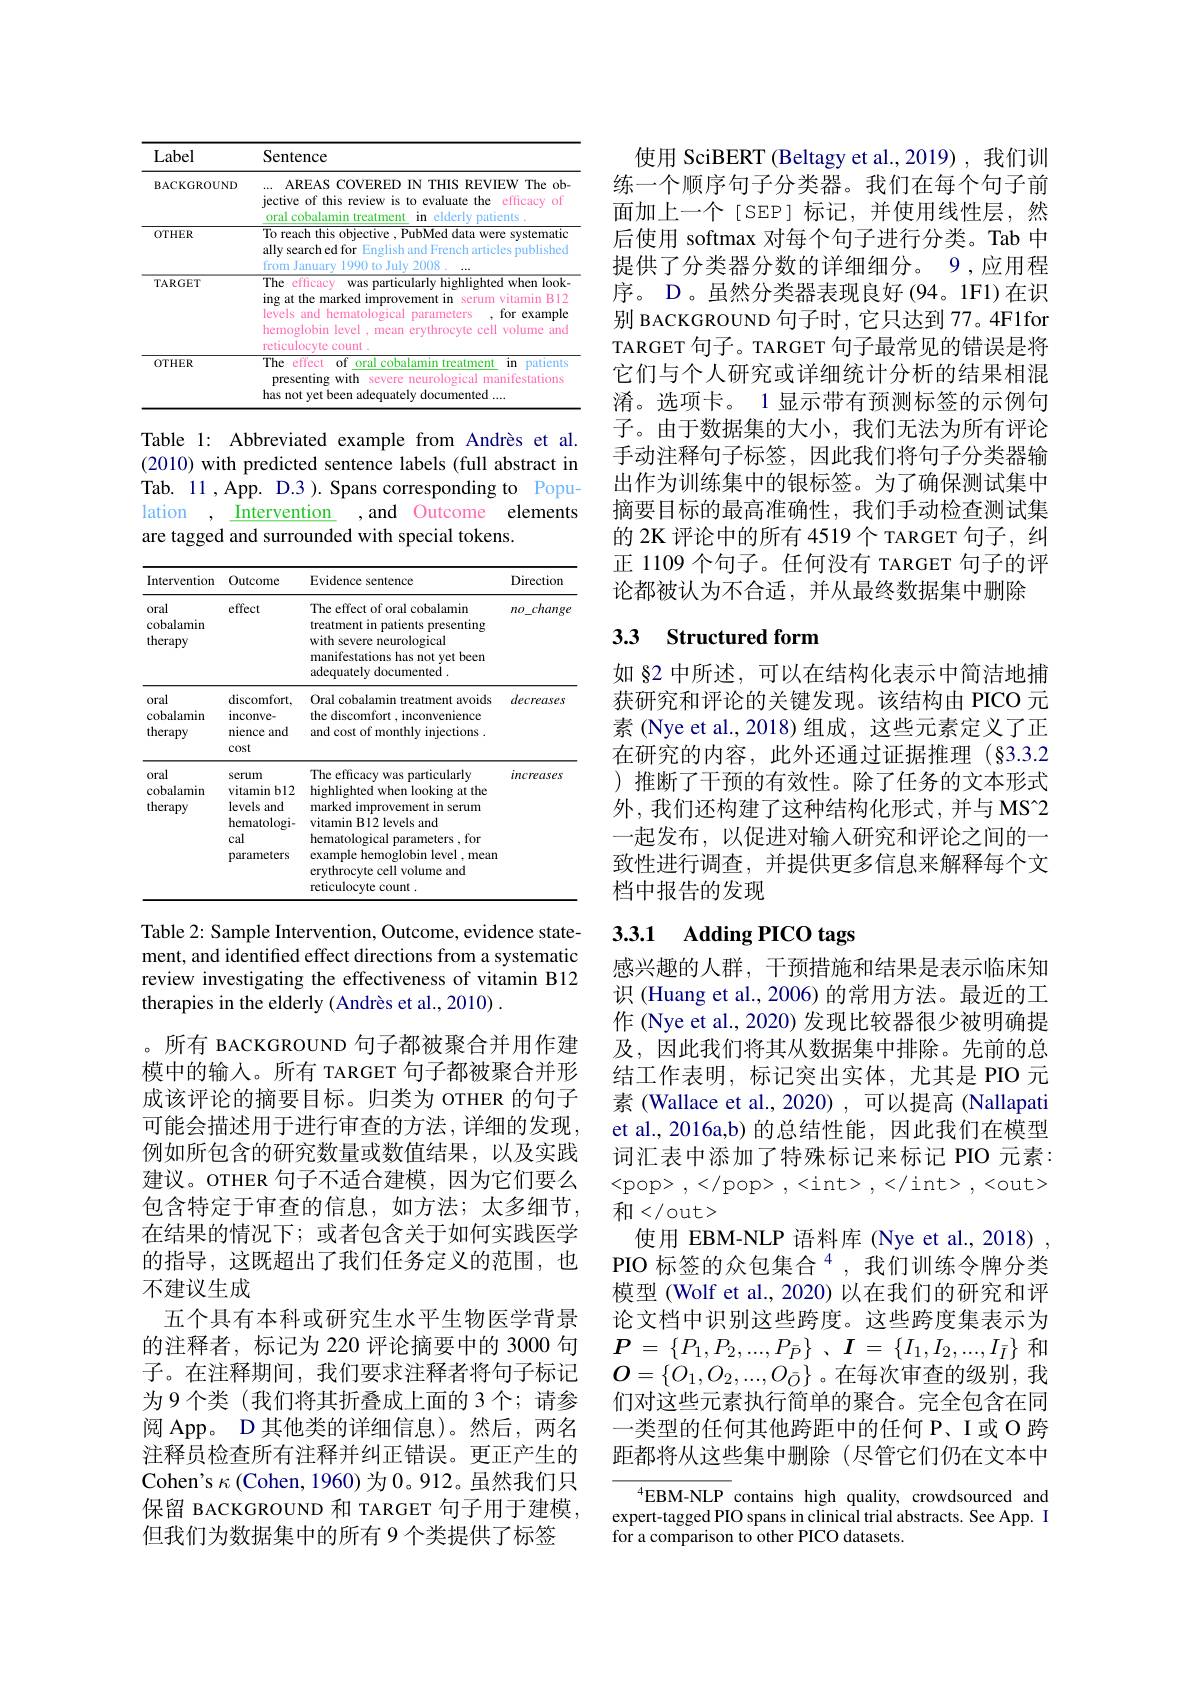
<table>
	<tbody>
		<tr>
			<th>Label</th>
			<th>Sentence</th>
		</tr>
		<tr>
			<td>BACKGROUND</td>
			<td>AREAS COVERED IN THIS REVIEW The ob jective of this review is to evaluate the e cfficacy of oral cobalamin treatment $in$ elderly patients </td>
		</tr>
		<tr>
			<td>OTHER</td>
			<td>To reach this objective , PubMed data were systematic ally search ed for English and French articles published from January 1990 to July 2008</td>
		</tr>
		<tr>
			<td>TARGET</td>
			<td>The e efficacy was particularly highlighted when look- ing at the marked improvement in 1 serum vitamin B12 levels and hematological parameters , for example hemoglobin level ,mean erythrocyte cell volume and reticulocyte count</td>
		</tr>
		<tr>
			<td>OTHER</td>
			<td>The cffect of oral cobalamin treatment $in$ patients presenting with severe neurological manifestations has not vet been adequately documented</td>
		</tr>
	</tbody>
</table>

Table 1: Abbreviated example from Andrès et al. (2010) with predicted sentence labels (full abstract in Tab. 11 , App. D.3 ). Spans corresponding to Population , Intervention ,and Outcome elements are tagged and surrounded with special tokens.

<table>
	<tbody>
		<tr>
			<th>Intervention</th>
			<th>Outcome</th>
			<th>Evidence sentence</th>
			<th>Direction</th>
		</tr>
		<tr>
			<td>oral cobalamin therapy</td>
			<td>effect</td>
			<td>The effect of oral cobalamin treatment in patients presenting with severe neurological manifestations has not yet been adequately documented .</td>
			<td>change $mo$ 10</td>
		</tr>
		<tr>
			<td>oral cobalamin therapy</td>
			<td>discomfort, inconve- nience and cost</td>
			<td>Oral cobalamin treatment avoids the discomfort , inconvenience and cost of monthly injections Y</td>
			<td>decreases</td>
		</tr>
		<tr>
			<td>oral cobalamin therapy</td>
			<td>serum vitamin bl2 levels and hematologi- cal parameters</td>
			<td>The efficacy was particularly highlighted when looking at the marked improvement in serum vitamin B12 levels and hematological parameters , for example hemoglobin level , mean erythrocyte cell volume and reticulocyte count.</td>
			<td>increases</td>
		</tr>
	</tbody>
</table>

Table 2: Sample Intervention, Outcome, evidence statement, and identified effect directions from a systematic review investigating the effectiveness of vitamin B12 therapies in the elderly (Andrès et al., 2010) .

。所有 BACKGROUND 句子都被聚合并用作建模中的输入。所有 TARGET 句子都被聚合并形成该评论的摘要目标。归类为 OTHER 的句子可能会描述用于进行审查的方法，详细的发现例如所包含的研究数量或数值结果，以及实践建议。OTHER 句子不适合建模，因为它们要么包含特定于审查的信息，如方法；太多细节在结果的情况下；或者包含关于如何实践医学的指导，这既超出了我们任务定义的范围，也不建议生成
五个具有本科或研究生水平生物医学背景的注释者，标记为 220 评论摘要中的 3000 句子。在注释期间，我们要求注释者将句子标记为9个类(我们将其折叠成上面的3个；请参阅 App。D 其他类的详细信息)。然后，两名注释员检查所有注释并纠正错误。更正产生的Cohen's $\kappa$ (Cohen, 1960) 为 0。912。虽然我们只保留 BACKGROUND 和 TARGET 句子用于建模， 但我们为数据集中的所有 9 个类提供了标签

使用 SciBERT (Beltagy et al.,2019),我们训练一个顺序句子分类器。我们在每个句子前面加上一个[SEP]标记，并使用线性层，然后使用 softmax 对每个句子进行分类。Tab 中提供了分类器分数的详细细分。9,应用程序。D。虽然分类器表现良好(94。1F1)在识别 BACKGROUND 句子时，它只达到 77。4F1for TARGET 句子。TARGET 句子最常见的错误是将它们与个人研究或详细统计分析的结果相混淆。选项卡。1 显示带有预测标签的示例句子。由于数据集的大小，我们无法为所有评论手动注释句子标签，因此我们将句子分类器输出作为训练集中的银标签。为了确保测试集中摘要目标的最高准确性，我们手动检查测试集的 2K 评论中的所有 4519 个 TARGET 句子，纠正 1109 个句子。任何没有 TARGET 句子的评论都被认为不合适，并从最终数据集中删除

## 3.3 Structured form

如 §2 中所述，可以在结构化表示中简洁地捕获研究和评论的关键发现。该结构由 PICO 元素 (Nye et al., 2018) 组成，这些元素定义了正在研究的内容，此外还通过证据推理(§3.3.2 )推断了干预的有效性。除了任务的文本形式外，我们还构建了这种结构化形式，并与 MS[INDEX]2一起发布，以促进对输入研究和评论之间的一致性进行调查，并提供更多信息来解释每个文档中报告的发现

## 3.3.1 Adding PICO tags

感兴趣的人群，干预措施和结果是表示临床知识 (Huang et al.,2006) 的常用方法。最近的工作 (Nye et al., 2020) 发现比较器很少被明确提及，因此我们将其从数据集中排除。先前的总结工作表明，标记突出实体，尤其是 PIO 元素 (Wallace et al., 2020) , 可以提高 (Nallapati et al.,2016a,b) 的总结性能，因此我们在模型词汇表中添加了特殊标记来标记 PIO 元素： <pop>,</pop>,<int>,</int>,<out> 和</out>
使用 EBM-NLP 语料库 (Nye et al., 2018) PIO 标签的众包集合$^4$,我们训练令牌分类模型 (Wolf et al., 2020) 以在我们的研究和评论文档中识别这些跨度。这些跨度集表示为$\boldsymbol{P}= \left \{ P_1, P_2, . . . , P_{\bar{P} }\right \}$ , $\boldsymbol{I}$ = $\left \{ I_1, I_2, . . . , I_{\bar{I} }\right \}$和$O=\{O_{1},O_{2},...,O_{\bar{O}}\}$。在每次审查的级别，我们对这些元素执行简单的聚合。完全包含在同一类型的任何其他跨距中的任何 P、I 或 O 跨距都将从这些集中删除 (尽管它们仍在文本中

$^{4}$EBM-NLP contains high quality, crowdsourced and expert-tagged PIO spans in clinical trial abstracts. See App. I for a comparison to other PICO datasets.